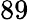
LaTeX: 89